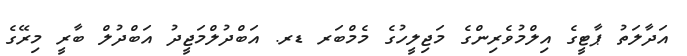
އަދާލަތު ޕާޓީގެ އިލްމުވެރިންގެ މަޖިލީހުގެ މެމްބަރ ޑރ. އަބްދުލްމަޖީދު އަބްދުލް ބާރީ މިރޭގެ